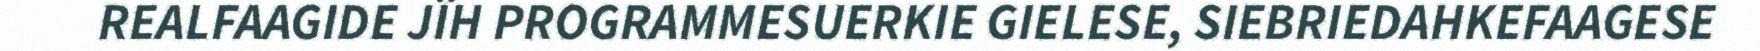
REALFAAGIDE JÏH PROGRAMMESUERKIE GIELESE, SIEBRIEDAHKEFAAGESE